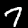
Label: 7